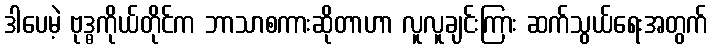
ဒါပေမဲ့ ဗုဒ္ဓကိုယ်တိုင်က ဘာသာစကားဆိုတာဟာ လူလူချင်းကြား ဆက်သွယ်ရေးအတွက်